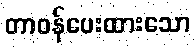
တာဝန်ပေးထားသော